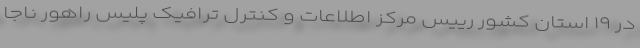
در ۱۹ استان کشور رییس مرکز اطلاعات و کنترل ترافیک پلیس راهور ناجا